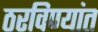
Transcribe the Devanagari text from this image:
ठरविण्यांत